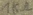
Text: 1kΩ